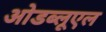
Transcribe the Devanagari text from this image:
ओडब्लूएल